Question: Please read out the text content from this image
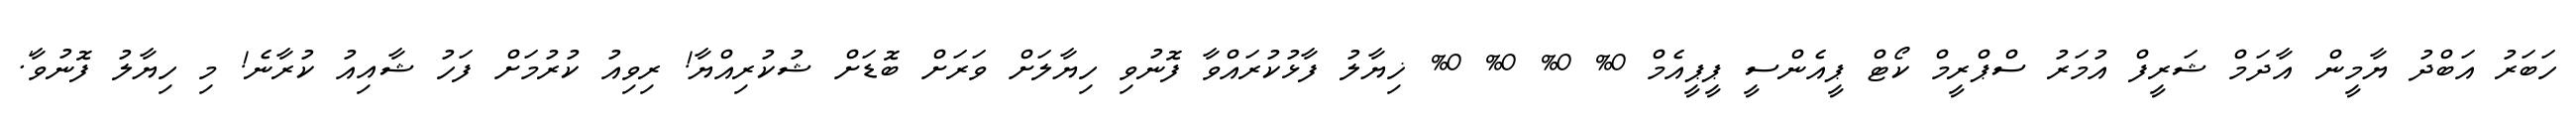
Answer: ހަބަރު އަބްދު ޔާމީން އާދަމް ޝަރީފް އުމަރު ސްޕްރީމް ކޯޓް ޕީއެންސީ ޕީޕީއެމް 0% 0% 0% 0% ޚިޔާލު ފާޅުކުރައްވާ ފޮނުވި ހިޔާލަށް ވަރަށް ބޮޑަށް ޝުކުރިއްޔާ! ރިވިއު ކުރުމަށް ފަހު ޝާއިއު ކުރާނެ! މި ހިޔާލު ފޮނުވާ'.